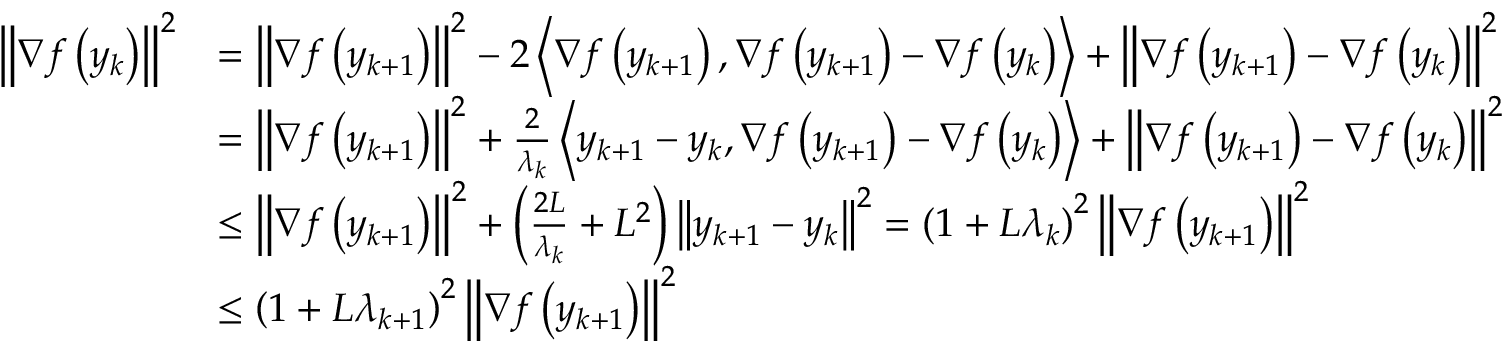
\begin{array} { r l } { \left\lVert \nabla f \left( y _ { k } \right) \right\rVert ^ { 2 } } & { = \left\lVert \nabla f \left( y _ { k + 1 } \right) \right\rVert ^ { 2 } - 2 \left\langle \nabla f \left( y _ { k + 1 } \right) , \nabla f \left( y _ { k + 1 } \right) - \nabla f \left( y _ { k } \right) \right\rangle + \left\lVert \nabla f \left( y _ { k + 1 } \right) - \nabla f \left( y _ { k } \right) \right\rVert ^ { 2 } } \\ & { = \left\lVert \nabla f \left( y _ { k + 1 } \right) \right\rVert ^ { 2 } + \frac { 2 } { \lambda _ { k } } \left\langle y _ { k + 1 } - y _ { k } , \nabla f \left( y _ { k + 1 } \right) - \nabla f \left( y _ { k } \right) \right\rangle + \left\lVert \nabla f \left( y _ { k + 1 } \right) - \nabla f \left( y _ { k } \right) \right\rVert ^ { 2 } } \\ & { \leq \left\lVert \nabla f \left( y _ { k + 1 } \right) \right\rVert ^ { 2 } + \left( \frac { 2 L } { \lambda _ { k } } + L ^ { 2 } \right) \left\lVert y _ { k + 1 } - y _ { k } \right\rVert ^ { 2 } = \left( 1 + L \lambda _ { k } \right) ^ { 2 } \left\lVert \nabla f \left( y _ { k + 1 } \right) \right\rVert ^ { 2 } } \\ & { \leq \left( 1 + L \lambda _ { k + 1 } \right) ^ { 2 } \left\lVert \nabla f \left( y _ { k + 1 } \right) \right\rVert ^ { 2 } } \end{array}